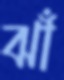
ঝাঁ